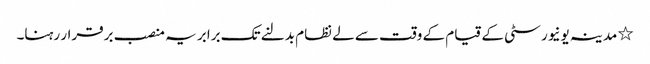
٭ مدینہ یونیورسٹی کے قیام کے وقت سے لے نظام بدلنے تک برابر یہ منصب برقرار رہنا۔